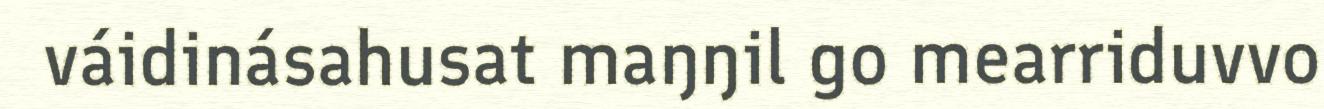
váidinásahusat maŋŋil go mearriduvvo